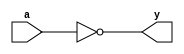
`timescale 1ns / 1ps
// EEM16 - Logic Design
// Design Assignment #1 - Problem #1
// dassign1_1.v
module inverter(y,a);
    output y;
    input a;
  
  	wire y;
  	assign y = ~a;
  
endmodule

module nand2(y,a,b);
    output y;
	input a,b;

  	wire y;
  	assign y = ~(a & b);
  
endmodule

module nand3(y,a,b,c);
  	output y;
  	input a,b,c;

  	wire y;
  	assign y = ~(a & b & c);
  
endmodule

module nor2(y,a,b);
  	output y;
  	input a,b;

  	wire y;
 	assign y = ~(a | b);
  
endmodule

module nor3(y,a,b,c);
  	output y;
  	input a,b,c;

  	wire y;
  	assign y = ~(a | b | c);
  
endmodule

module mux2(y,a,b,sel);
  	output y;
  	input a,b,sel;

  	wire y;
  	assign y = (sel) ? a : b;
  
endmodule

module xor2(y,a,b);
  	output y;
  	input a,b;

  	wire y;
  	//assign y = (a & ~b) | (~a & b);
  	assign y =  a ^ b;
  	
endmodule

module dassign1_1 (y,a,b,c,d,e,f,g);
    output y;
    input a,b,c,d,e,f,g;
	
  	wire g1output, g2output, g3output, g4output, g5output;
  	
    nand3 gate1(g1output, a, b, c);
  	nand2 gate2(g2output, g1output, d);
  	nand2 gate3(g3output, f, g);
  	nor2 gate4(g4output, e, g3output);
    nor2 gate5(g5output, g2output, g4output);
    inverter gate6(y, g5output);
  
  
  	//wire y;
  
    //assign y = (a & b & c) | (~d) | (~e & f & g); 
    	
endmodule